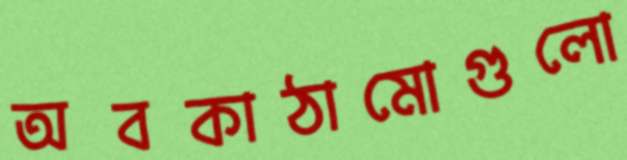
অবকাঠামোগুলো